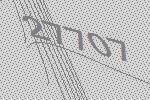
27707